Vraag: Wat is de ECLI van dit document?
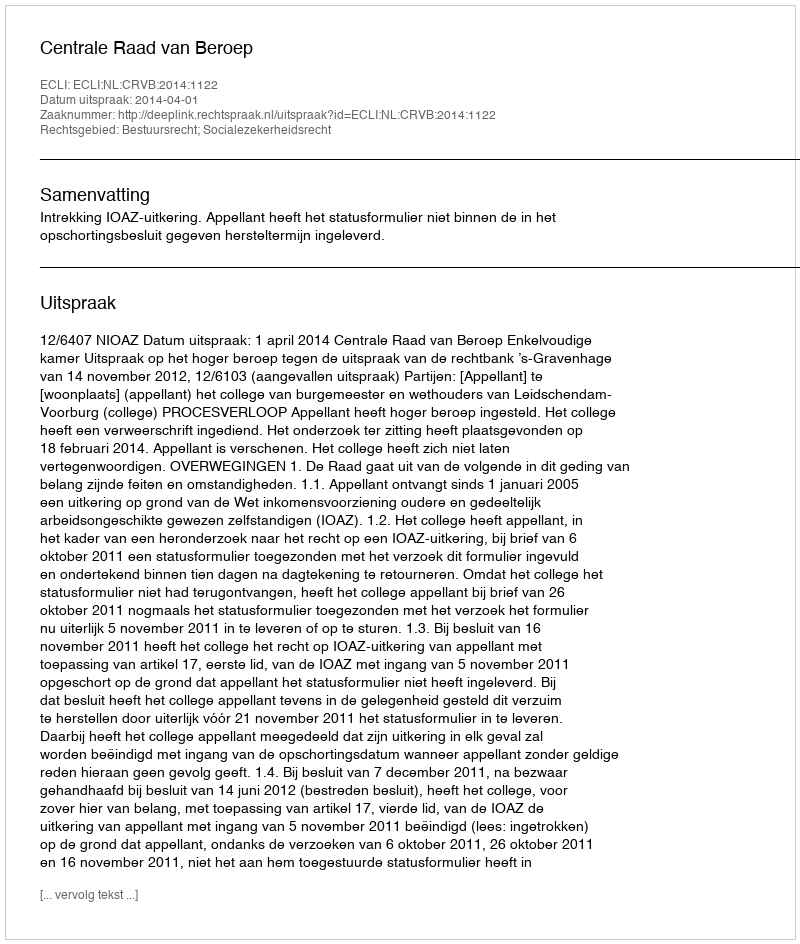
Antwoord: ECLI:NL:CRVB:2014:1122